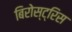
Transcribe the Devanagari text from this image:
बिरोस्ट्रिस